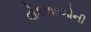
વોકળાઓની